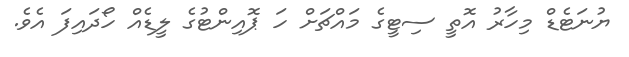
ޔުނަޓެޑް މިހާރު އޮތީ ސިޓީގެ މައްޗަށް ހަ ޕޮއިންޓުގެ ލީޑެއް ހޯދައިފަ އެވެ.